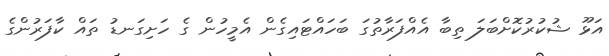
އަޅޫ ޝުކުރުކޮށްބަލަ ތިބާ އެއްފަރާތުގަ ބަހައްޓައިގެން އެމީހުން ގެ ހަށިގަނޑު ތައް ކާފަރުންގެ